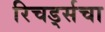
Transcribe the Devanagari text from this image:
रिचर्ड्सचा